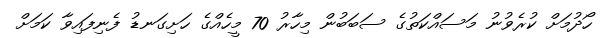
ހޯދުމަށް ކުރެވުނު މަސައްކަތުގެ ސަބަބުން މިހާރު 70 މީހެއްގެ ހަށިގަނޑު ފެނިފައިވާ ކަމަށް